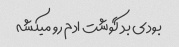
بودی بد گوشت ادم رو میکشه